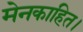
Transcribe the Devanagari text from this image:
मेनकाहित।